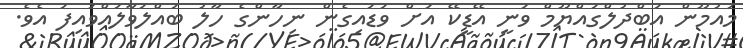
މައުމޫން އަބްދުލްގައްޔޫމް ވަނީ އޭޑީކޭ އަށް ވަޑައިގެން ނިހާންގެ ހާލު ބައްލަވާލައްވައިފަ އެވެ.